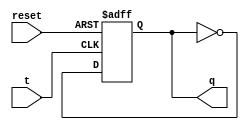
module t_latch(input t, input reset, output reg q);

    always @(posedge t or posedge reset)
    begin
        if (reset)
            q <= 1'b0;
        else if (t)
            q <= ~q;
    end

endmodule